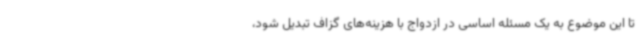
تا این موضوع به یک مسئله اساسی در ازدواج با هزینه‌های گزاف تبدیل شود،